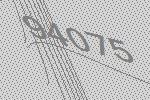
94075